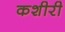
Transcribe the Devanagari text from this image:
कशीरी